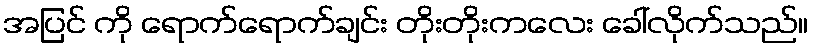
အပြင် ကို ရောက်ရောက်ချင်း တိုးတိုးကလေး ခေါ်လိုက်သည်။